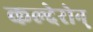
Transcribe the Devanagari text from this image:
कल्देरोन्